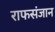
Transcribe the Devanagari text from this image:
राफसंजान